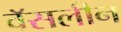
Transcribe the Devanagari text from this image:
वॅसलीन